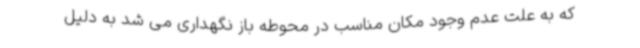
که به علت عدم وجود مکان مناسب در محوطه باز نگهداری می شد به دلیل